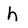
Character: h